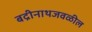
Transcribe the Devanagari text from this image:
बद्रीनाथजवळील